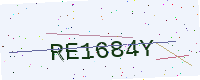
Text: RE1684Y